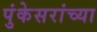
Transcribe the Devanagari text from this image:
पुंकेसरांच्या